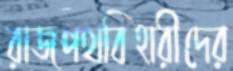
রাজপথবিহারীদের